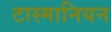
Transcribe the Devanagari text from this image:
टास्मानियन